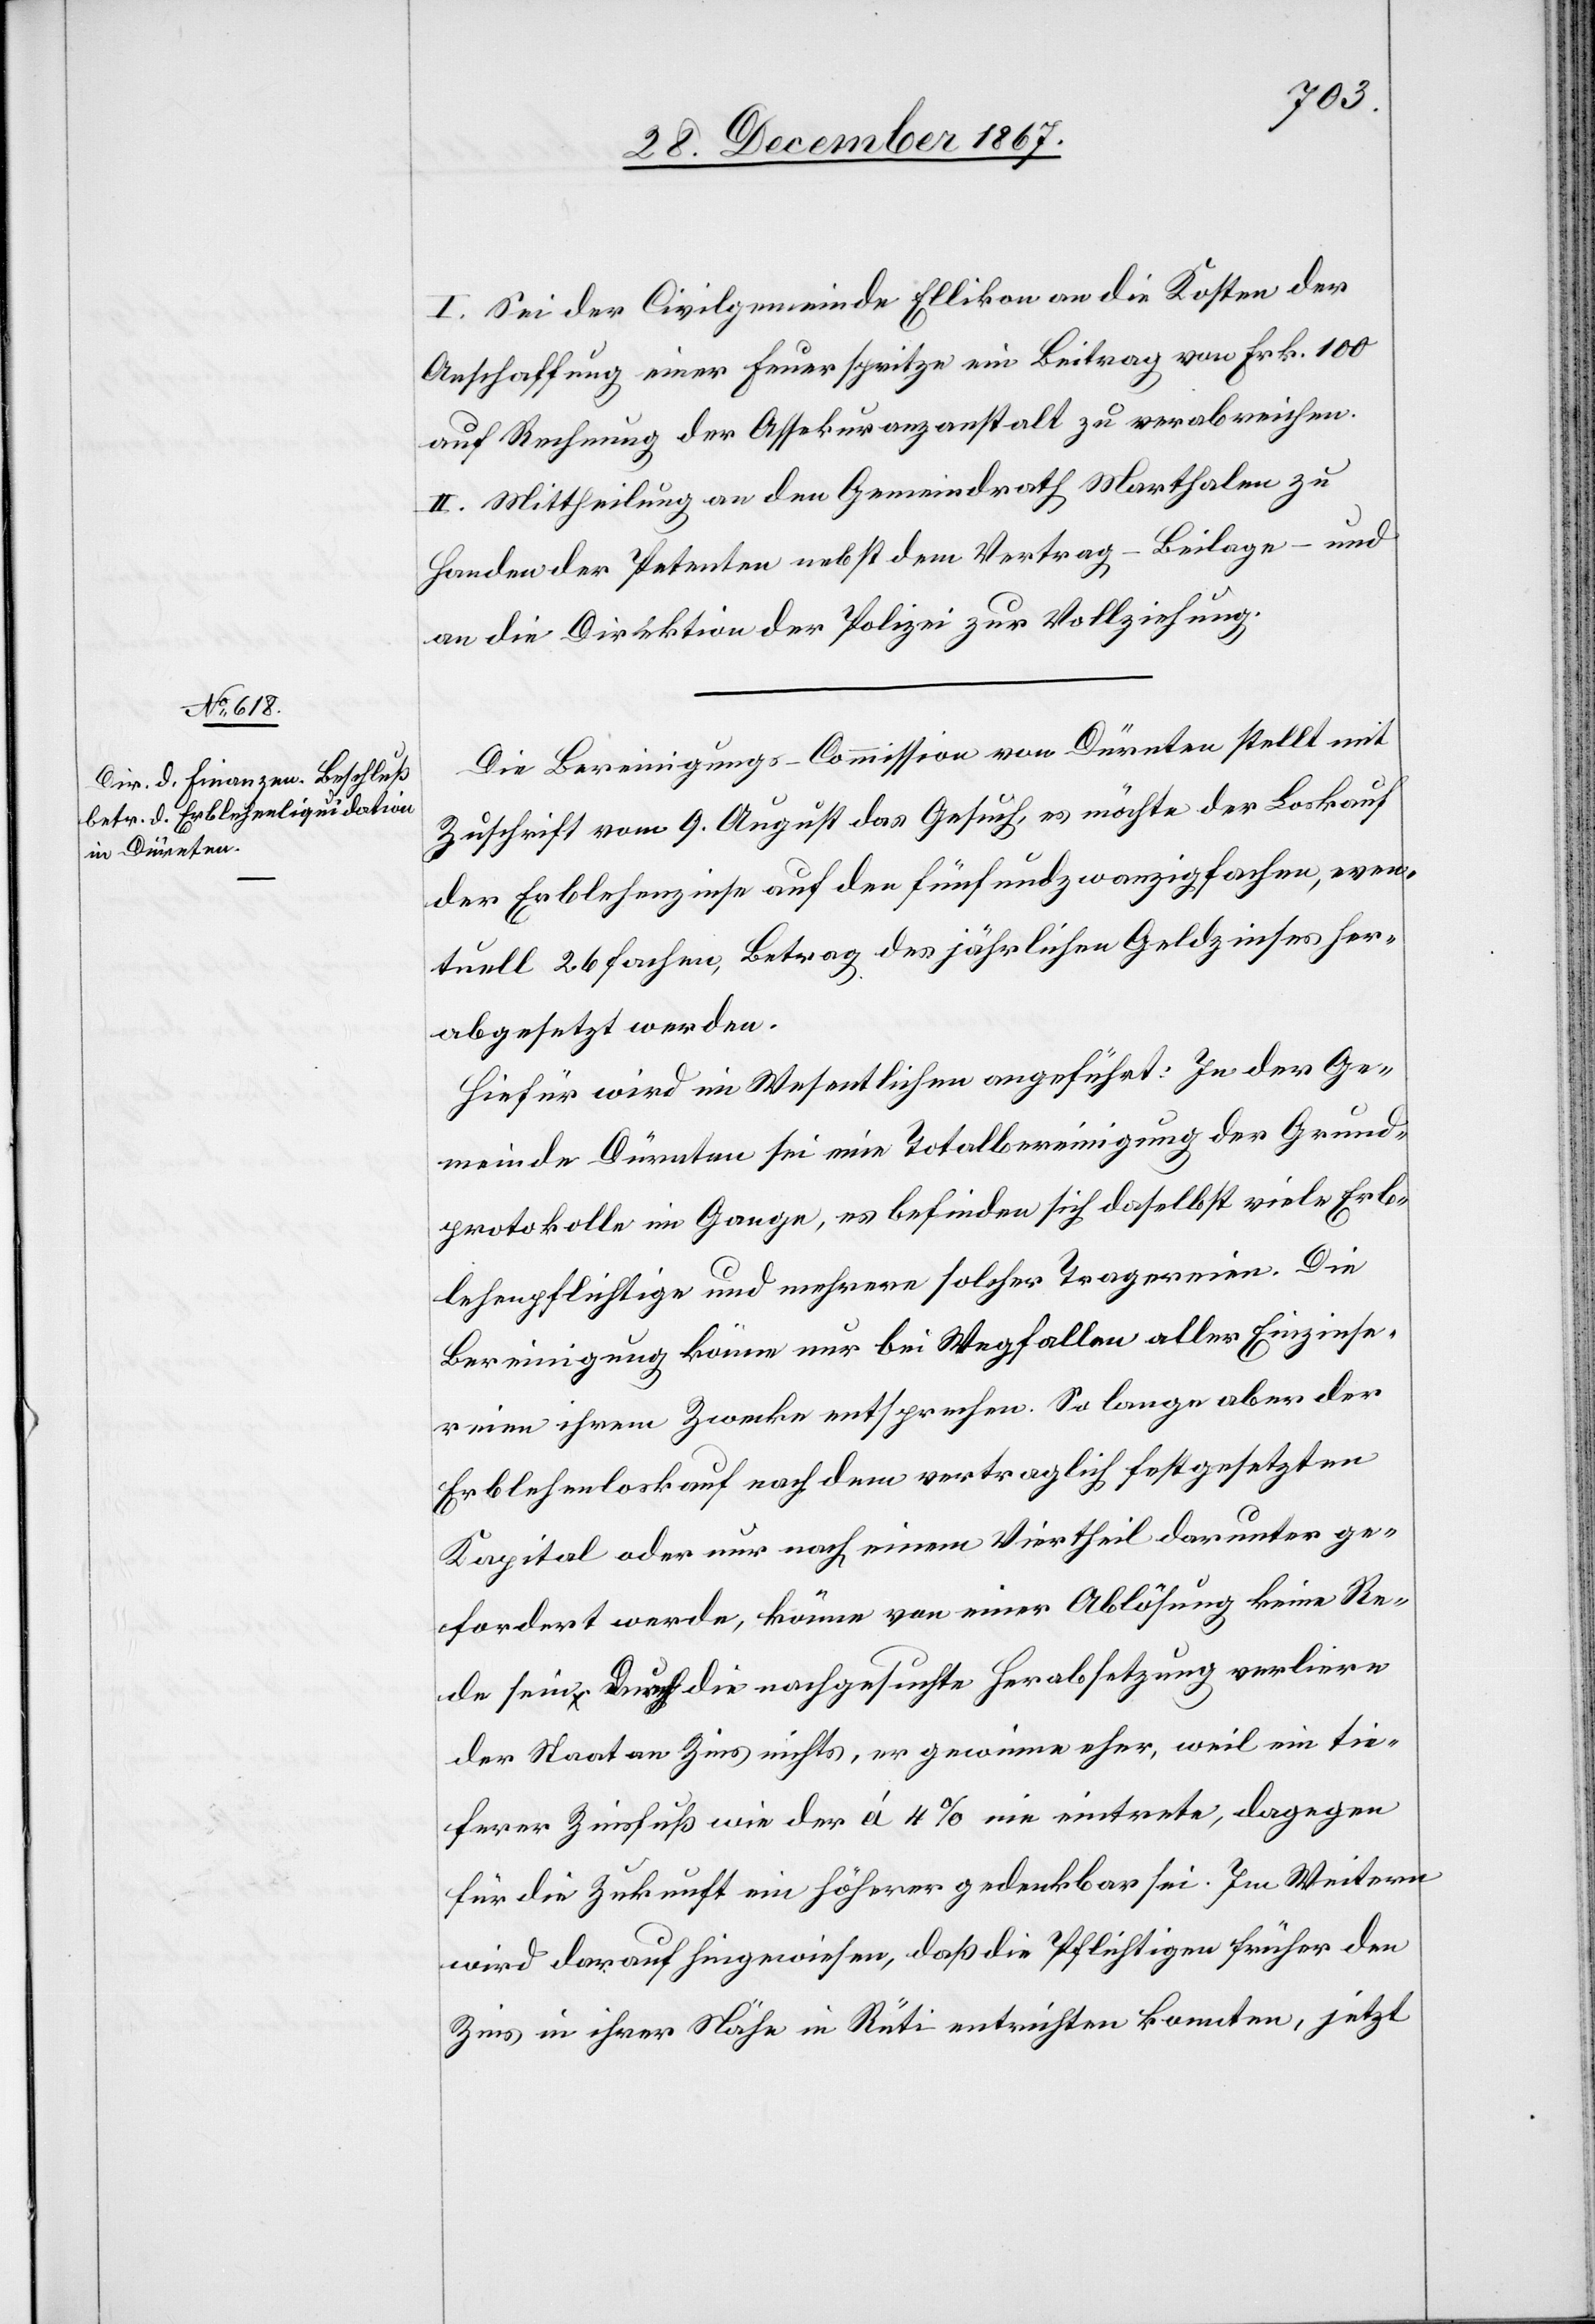
I. Sei der Civilgemeinde Ellikon an die Kosten der
Anschaffung einer Feuerspritze ein Beitrag von Frk. 100
auf Rechnung der Assekuranzanstalt zu verabreichen.
II. Mittheilung an den Gemeindrath Marthalen zu
Handen der Petenten nebst dem Vertrag – Beilage – und
an die Direktion der Polizei zur Vollziehung.
Die Bereinigungs-Commission von Dürnten stellt mit
Zuschrift vom 9. August das Gesuch, es möchte der Loskauf
der Erblehenzinse auf den fünfundzwanzigfachen, even¬
tuell 26 fachen Betrag des jährlichen Geldzinses her¬
abgesetzt werden.
Hiefür wird im Wesentlichen angeführt: In der Ge¬
meinde Dürnten sei eine Totalbereinigung der Grund¬
protokolle im Gange, es befinden sich daselbst viele Erb¬
lehenspflichtige und mehrere solcher Tragereien. Die
Bereinigung könne nur bei Wegfallen aller Einzinse¬
reien ihrem Zwecke entsprechen. So lange aber der
Erblehenloskauf nach dem vertraglich festgesetzten
Kapital oder nur nach einem Viertheil darunter ge¬
fordert werde, könne von einer Ablösung keine Re¬
de sein. Durch die nachgesuchte Herabsetzung verliere
der Staat an Zins nichts, er gewinne eher, weil ein tie¬
ferer Zinsfuß wie der à 4 % nie eintrete, dagegen
für die Zukunft ein höherer gedenkbar sei. Im Weitern
wird darauf hingewiesen, daß die Pflichtigen früher den
Zins in ihrer Nähe in Rüti entrichten konnten, jetzt